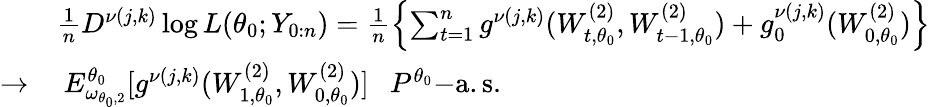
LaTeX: \begin{array}{rl}&{\frac{1}{n}D^{\nu(j,k)}\log L(\theta_{0};Y_{0:n})=\frac{1}{n}\left\{ \sum_{t=1}^{n}g^{\nu(j,k)}(W_{t,\theta_{0}}^{(2)},W_{t-1,\theta_{0}}^{(2)})+g_{0}^{\nu(j,k)}(W_{0,\theta_{0}}^{(2)})\right\} }\\ {\rightarrow}&{~E_{\omega_{\theta_{0},2}}^{\theta_{0}}[g^{\nu(j,k)}(W_{1,\theta_{0}}^{(2)},W_{0,\theta_{0}}^{(2)})]~~~P^{\theta_{0}}\mathrm{-a.s.}}\end{array}